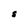
Character: S